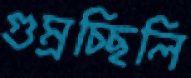
গুম্‌রচ্ছিলি